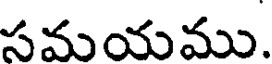
సమయము.